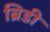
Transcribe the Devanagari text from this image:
ब्रिडी